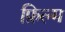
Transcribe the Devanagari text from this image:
फ़िल्म